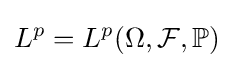
L^{p}=L^{p}(\Omega ,{\mathcal {F}},\mathbb {P} )